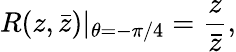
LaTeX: R(z,\bar{z})|_{\theta=-\pi/4}=\frac{z}{\bar{z}},